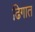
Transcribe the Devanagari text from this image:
ढिगात